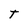
Character: t